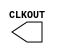
// This program was cloned from: https://github.com/SpinalHDL/VexRiscvSoftcoreContest2018
// License: Apache License 2.0

module RCOSC_1MHZ ( 
  CLKOUT );

/* synthesis syn_black_box */
/* synthesis syn_noprune=1 */

output CLKOUT;

endmodule

module RCOSC_25_50MHZ ( 
  CLKOUT );

/* synthesis syn_black_box */
/* synthesis syn_noprune=1 */

output CLKOUT;

parameter FREQUENCY = 50.0;

endmodule

module XTLOSC ( 
  CLKOUT,
  XTL );

/* synthesis syn_black_box */
/* synthesis syn_noprune=1 */
/* synthesis black_box_pad_pin ="XTL" */

output CLKOUT;
input XTL;

parameter MODE = 'h3;
parameter FREQUENCY = 20.0;

endmodule

module RCOSC_1MHZ_FAB ( 
  CLKOUT,
  A );

/* synthesis syn_black_box */
/* synthesis syn_noprune=1 */

output CLKOUT;
input A;

endmodule

module RCOSC_25_50MHZ_FAB ( 
  CLKOUT,
  A );

/* synthesis syn_black_box */
/* synthesis syn_noprune=1 */

output CLKOUT;
input A;

endmodule

module XTLOSC_FAB ( 
  CLKOUT,
  A );

/* synthesis syn_black_box */
/* synthesis syn_noprune=1 */

output CLKOUT;
input A;

endmodule